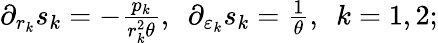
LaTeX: \begin{array}{r}{\partial_{r_{k}}s_{k}=-\frac{p_{k}}{r_{k}^{2}\theta},\ \ \partial_{\varepsilon_{k}}s_{k}=\frac{1}{\theta},\ \ k=1,2;}\end{array}